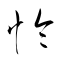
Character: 怜